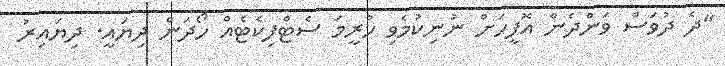
"ދެ ދުވަސް ވަންދެން އޮފީހަށް ނުނިކުމެވި ހުރީމަ ސެޓްފިކެޓެއް ހޯދަން ދިޔައީ. ދިޔައިރު